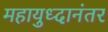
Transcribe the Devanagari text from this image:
महायुध्दानंतर